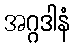
အဂ္ဂဒါနံ